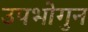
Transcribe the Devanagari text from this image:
उपभोगुन